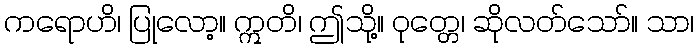
ကရောဟိ၊ ပြုလော့။ ဣတိ၊ ဤသို့။ ဝုတ္တေ၊ ဆိုလတ်သော်။ သာ၊